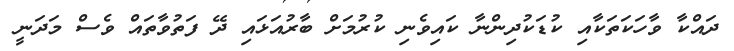
ދައްކާ ވާހަކަތަކާއި ކުޑަކުދިންނާ ކައިވެނި ކުރުމަށް ބާރުއަޅައި ދޭ ފަތުވާތައް ވެސް މަދަނީ